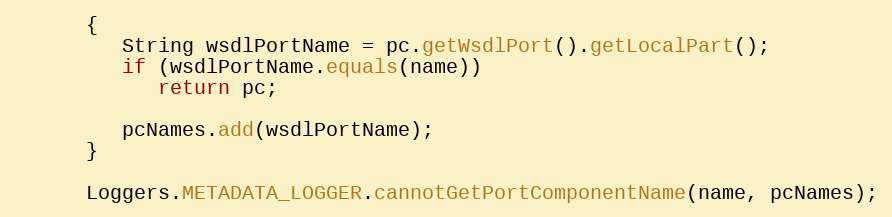
Language: Java
      {
         String wsdlPortName = pc.getWsdlPort().getLocalPart();
         if (wsdlPortName.equals(name))
            return pc;

         pcNames.add(wsdlPortName);
      }

      Loggers.METADATA_LOGGER.cannotGetPortComponentName(name, pcNames);